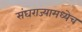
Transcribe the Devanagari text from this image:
संघराज्यामध्येच